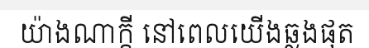
យ៉ាងណាក្តី នៅពេលយើងឆ្លងផុត